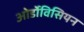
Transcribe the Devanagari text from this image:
ओर्डोविसियन